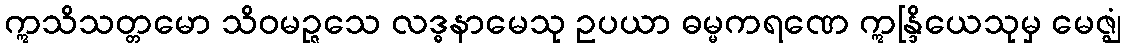
ဣသိသတ္တမော သိဝမဉ္ဇသေ လဒ္ဓနာမေသု ဥပယာ ဓမ္မကရဏေ ဣန္ဒြိယေသုမှ မေဇ္ဈံ